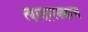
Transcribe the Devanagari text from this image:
त्यासारख्याच